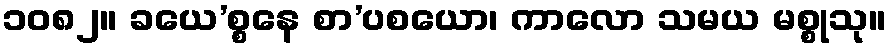
၁၀၈၂။ ခယေ’စ္စနေ စာ’ပစယော၊ ကာလော သမယ မစ္စုသု။